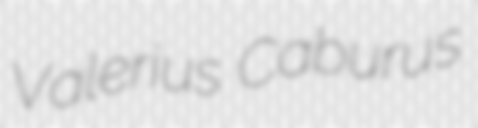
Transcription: Valerius Caburus